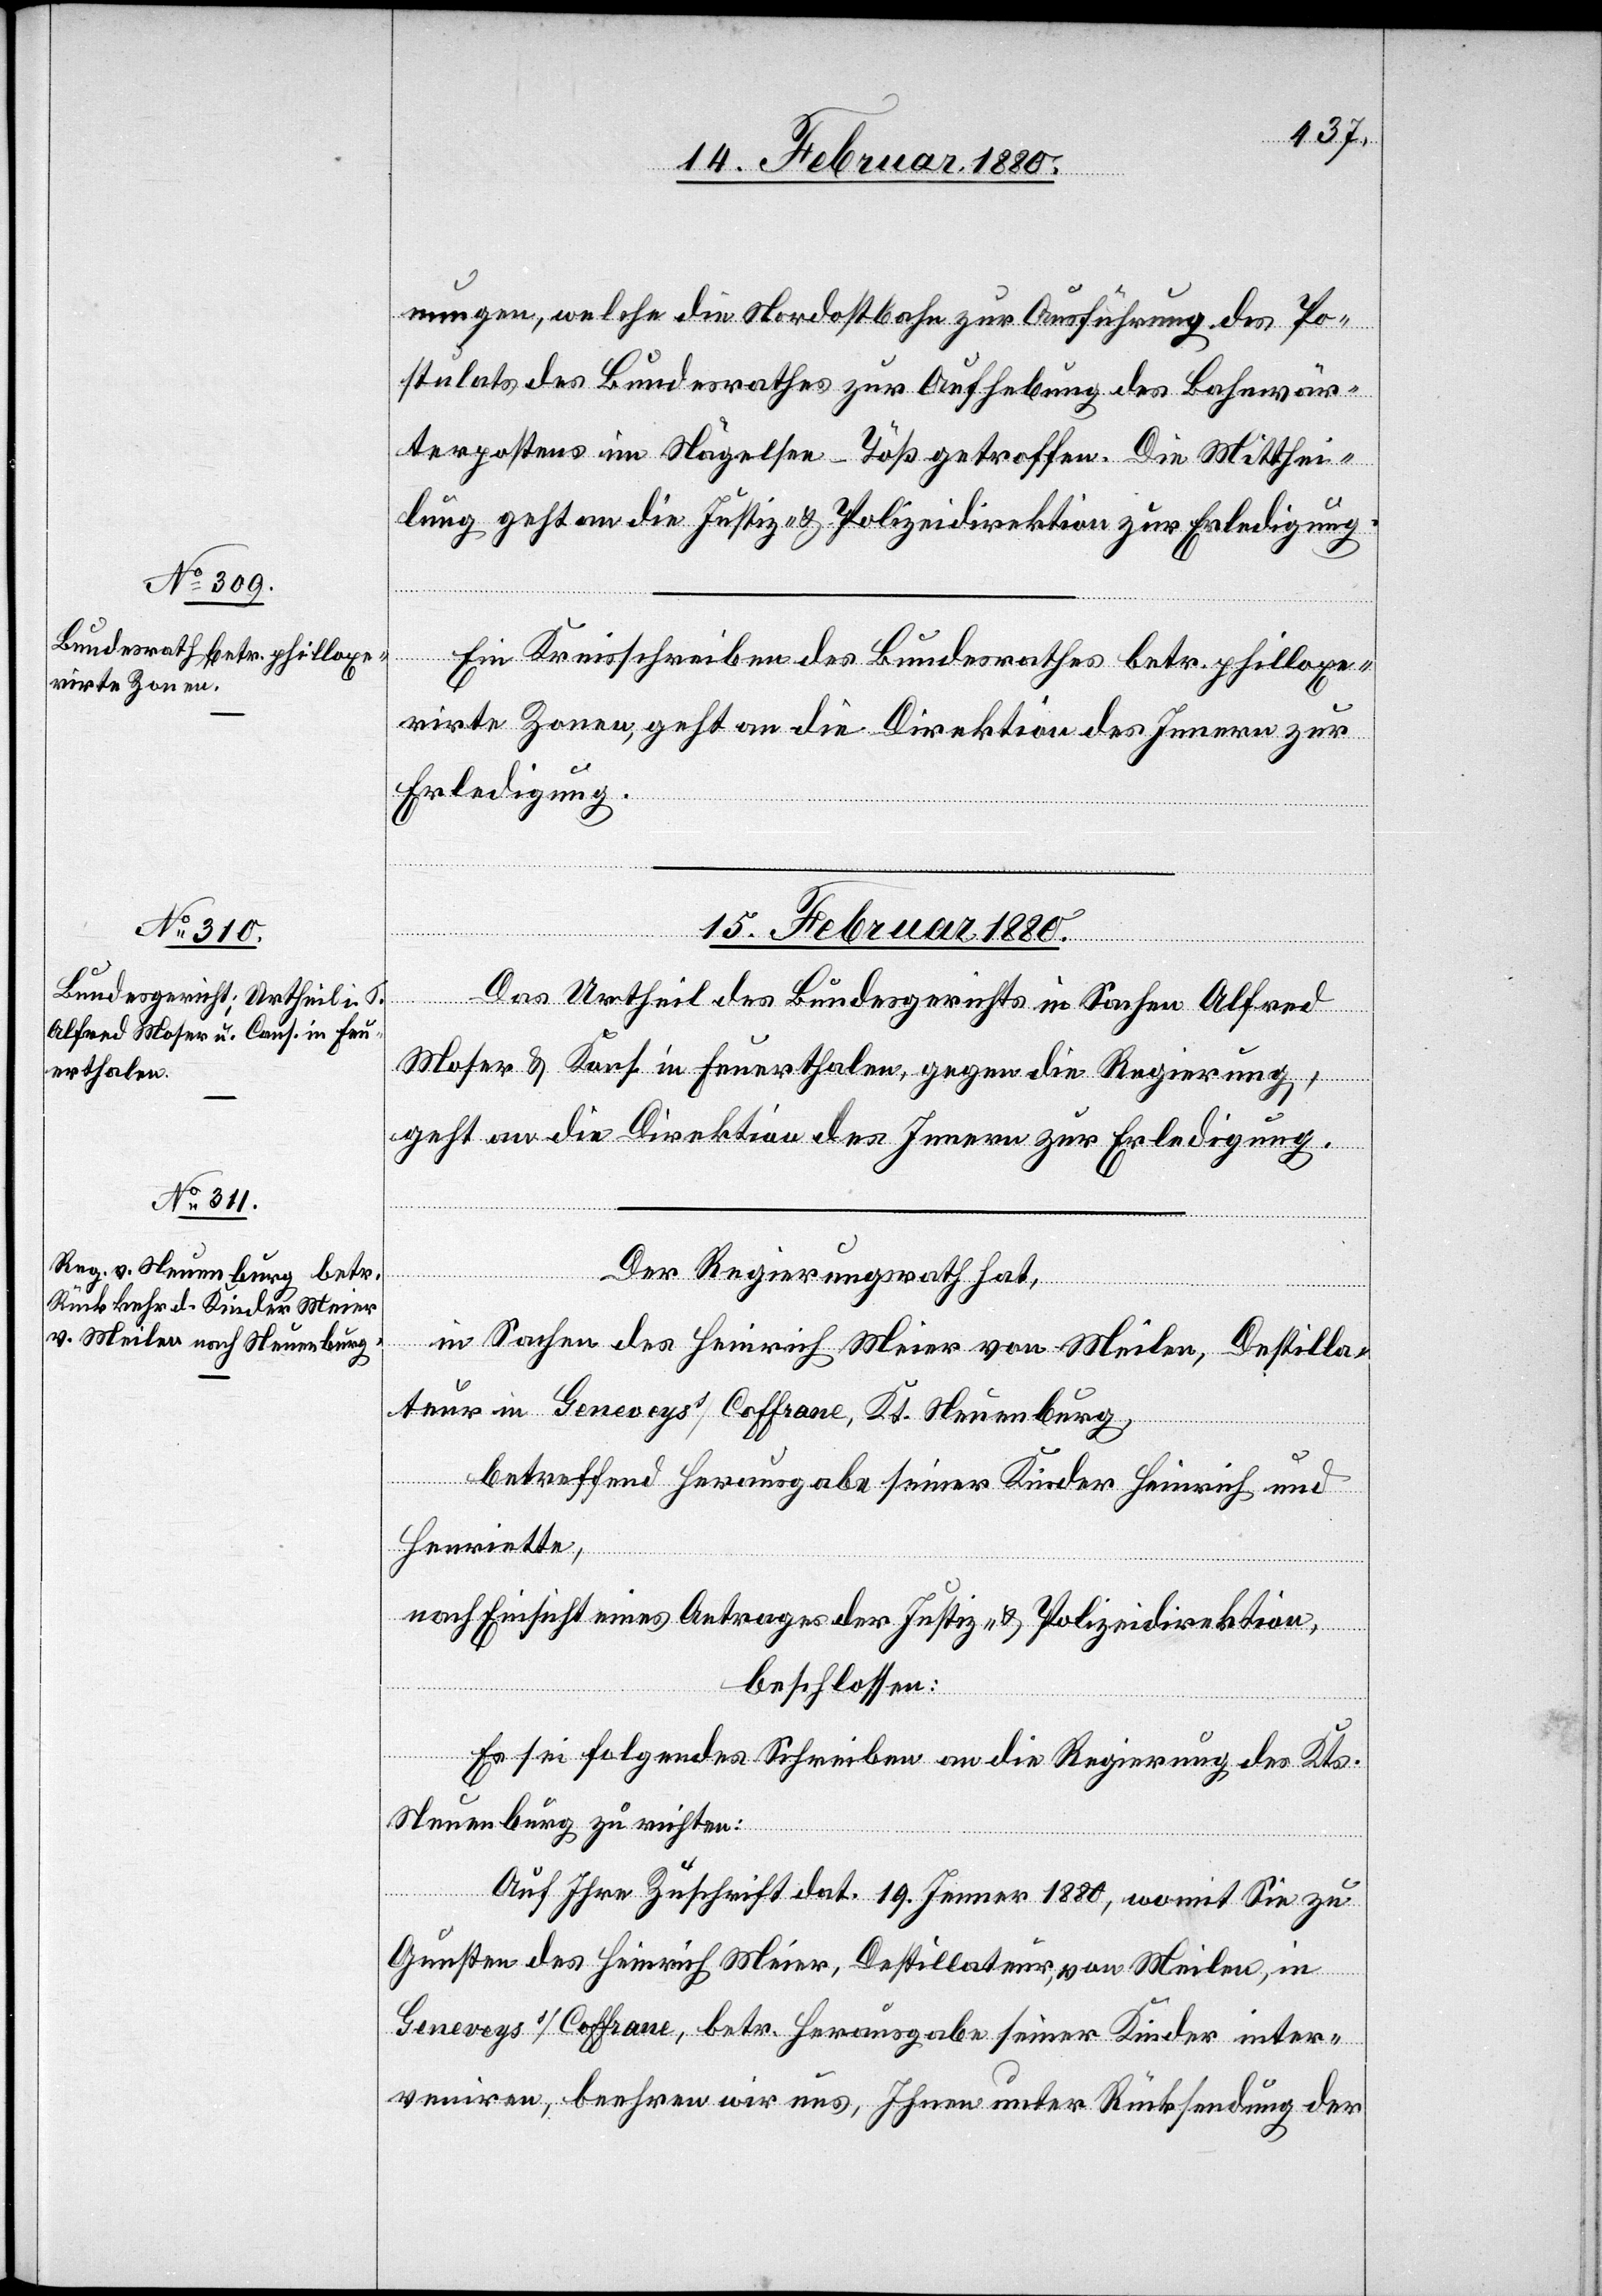
15. Februar 1880.]
nungen, welche die Nordostbahn zur Ausführung des Po¬
stulats des Bundesrathes zur Aufhebung des Bahnwär¬
terpostens im Nägelsee - Töß getroffen. Die Mitthei¬
lung geht an die Justiz- & Polizeidirektion zur Erledigung.
Ein Kreisschreiben des Bundesrathes betr. philloxe¬
rirte Zonen geht an die Direktion des Innern zur
Erledigung.
15. Februar 1880.
Das Urtheil des Bundesgerichts in Sachen Alfred
Moser & Kons in Feuerthalen, gegen die Regierung,
geht an die Direktion des Innern zur Erledigung.
Der Regierungsrath hat,
in Sachen des Heinrich Meier von Meilen, Destilla¬
teur in Geneveyss, Coffrane, Kt. Neuenburg,
betreffend Herausgabe seiner Kinder Heinrich und
Henriette,
nach Einsicht eines Antrages der Justiz- & Polizeidirektion,
beschlossen:
Es sei folgendes Schreiben an die Regierung des Kts.
Neuenburg zu richten:
Auf Ihre Zuschrift dat. 19. Jenner 1880, womit Sie zu
Gunsten des Heinrich Meier, Destillateur, von Meilen, in
Geneveys s/Coffrane, betr. Herausgabe seiner Kinder inter¬
veniren, beehren wir uns, Ihnen unter Rücksendung der